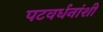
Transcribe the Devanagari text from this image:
पटवर्धनांशी